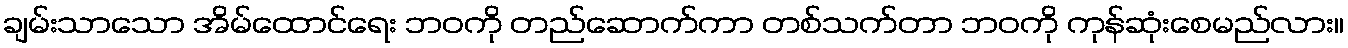
ချမ်းသာသော အိမ်ထောင်ရေး ဘဝကို တည်ဆောက်ကာ တစ်သက်တာ ဘဝကို ကုန်ဆုံးစေမည်လား။